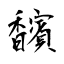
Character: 馪